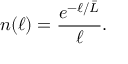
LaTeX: n ( \ell ) = { \frac { e ^ { - \ell / { \bar { L } } } } { \ell } } .